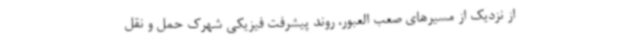
از نزدیک از مسیرهای صعب العبور، روند پیشرفت فیزیکی شهرک حمل و نقل